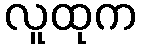
လူထုက